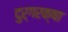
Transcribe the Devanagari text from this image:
दुर्गरक्षा